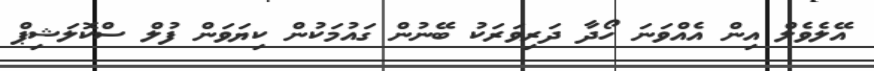
އޭލެވެލް އިން އެއްވަނަ ހޯދާ ދަރިވަރަކު ބޭނުން ގައުމަކުން ކިޔަވަން ފުލް ސްކޮލަޝިޕް